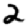
Digit: 2